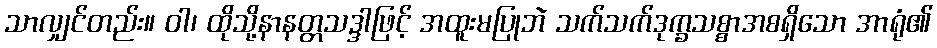
သာလျှင်တည်း။ ဝါ၊ ထိုသို့နာနတ္တသဒ္ဒါဖြင့် အထူးမပြုဘဲ သက်သက်ဒုက္ခသစ္စာအစရှိသော အာရုံ၏